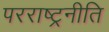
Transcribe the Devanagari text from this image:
परराष्ट्रनीति